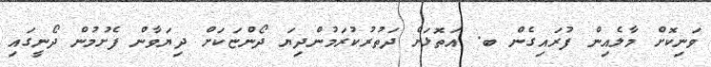
ވަނިކޮށް މާލެއިން ފުރައިގެން ބ. އަތޮޅަށް ދަތުރުކުރަމުންދިޔަ ދޯންޏަކަށް ދިޔަވާން ފެށުމުން ދޯނީގައި